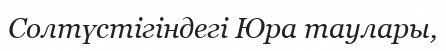
Солтүстігіндегі Юра таулары,